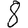
Digit: 8